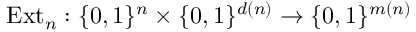
{ \mathrm { E x t } } _ { n } : \{ 0 , 1 \} ^ { n } \times \{ 0 , 1 \} ^ { d ( n ) } \rightarrow \{ 0 , 1 \} ^ { m ( n ) }